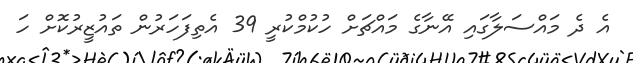
އެ ދެ މައްސަލާގައި އޭނާގެ މައްޗަށް ހުކުމްކުރީ 39 އެތިފަހަރުން ތައުޒީރުކޮށް ހަ